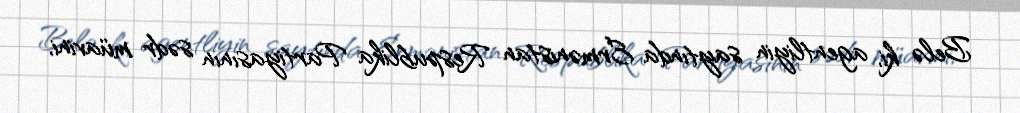
Belə ki, agentliyin saytında Ermənistan Respublika Partiyasının sədr müavini,